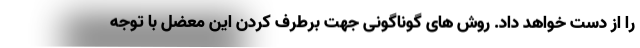
را از دست خواهد داد. روش های گوناگونی جهت برطرف کردن این معضل با توجه